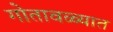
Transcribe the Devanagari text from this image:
गोतावळ्यात